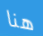
هنا